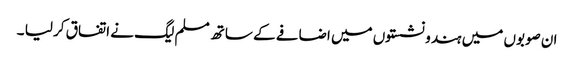
ان صوبوں میں ہندو نشستوں میں اضافے کے ساتھ مسلم لیگ نے اتفاق کر لیا ۔